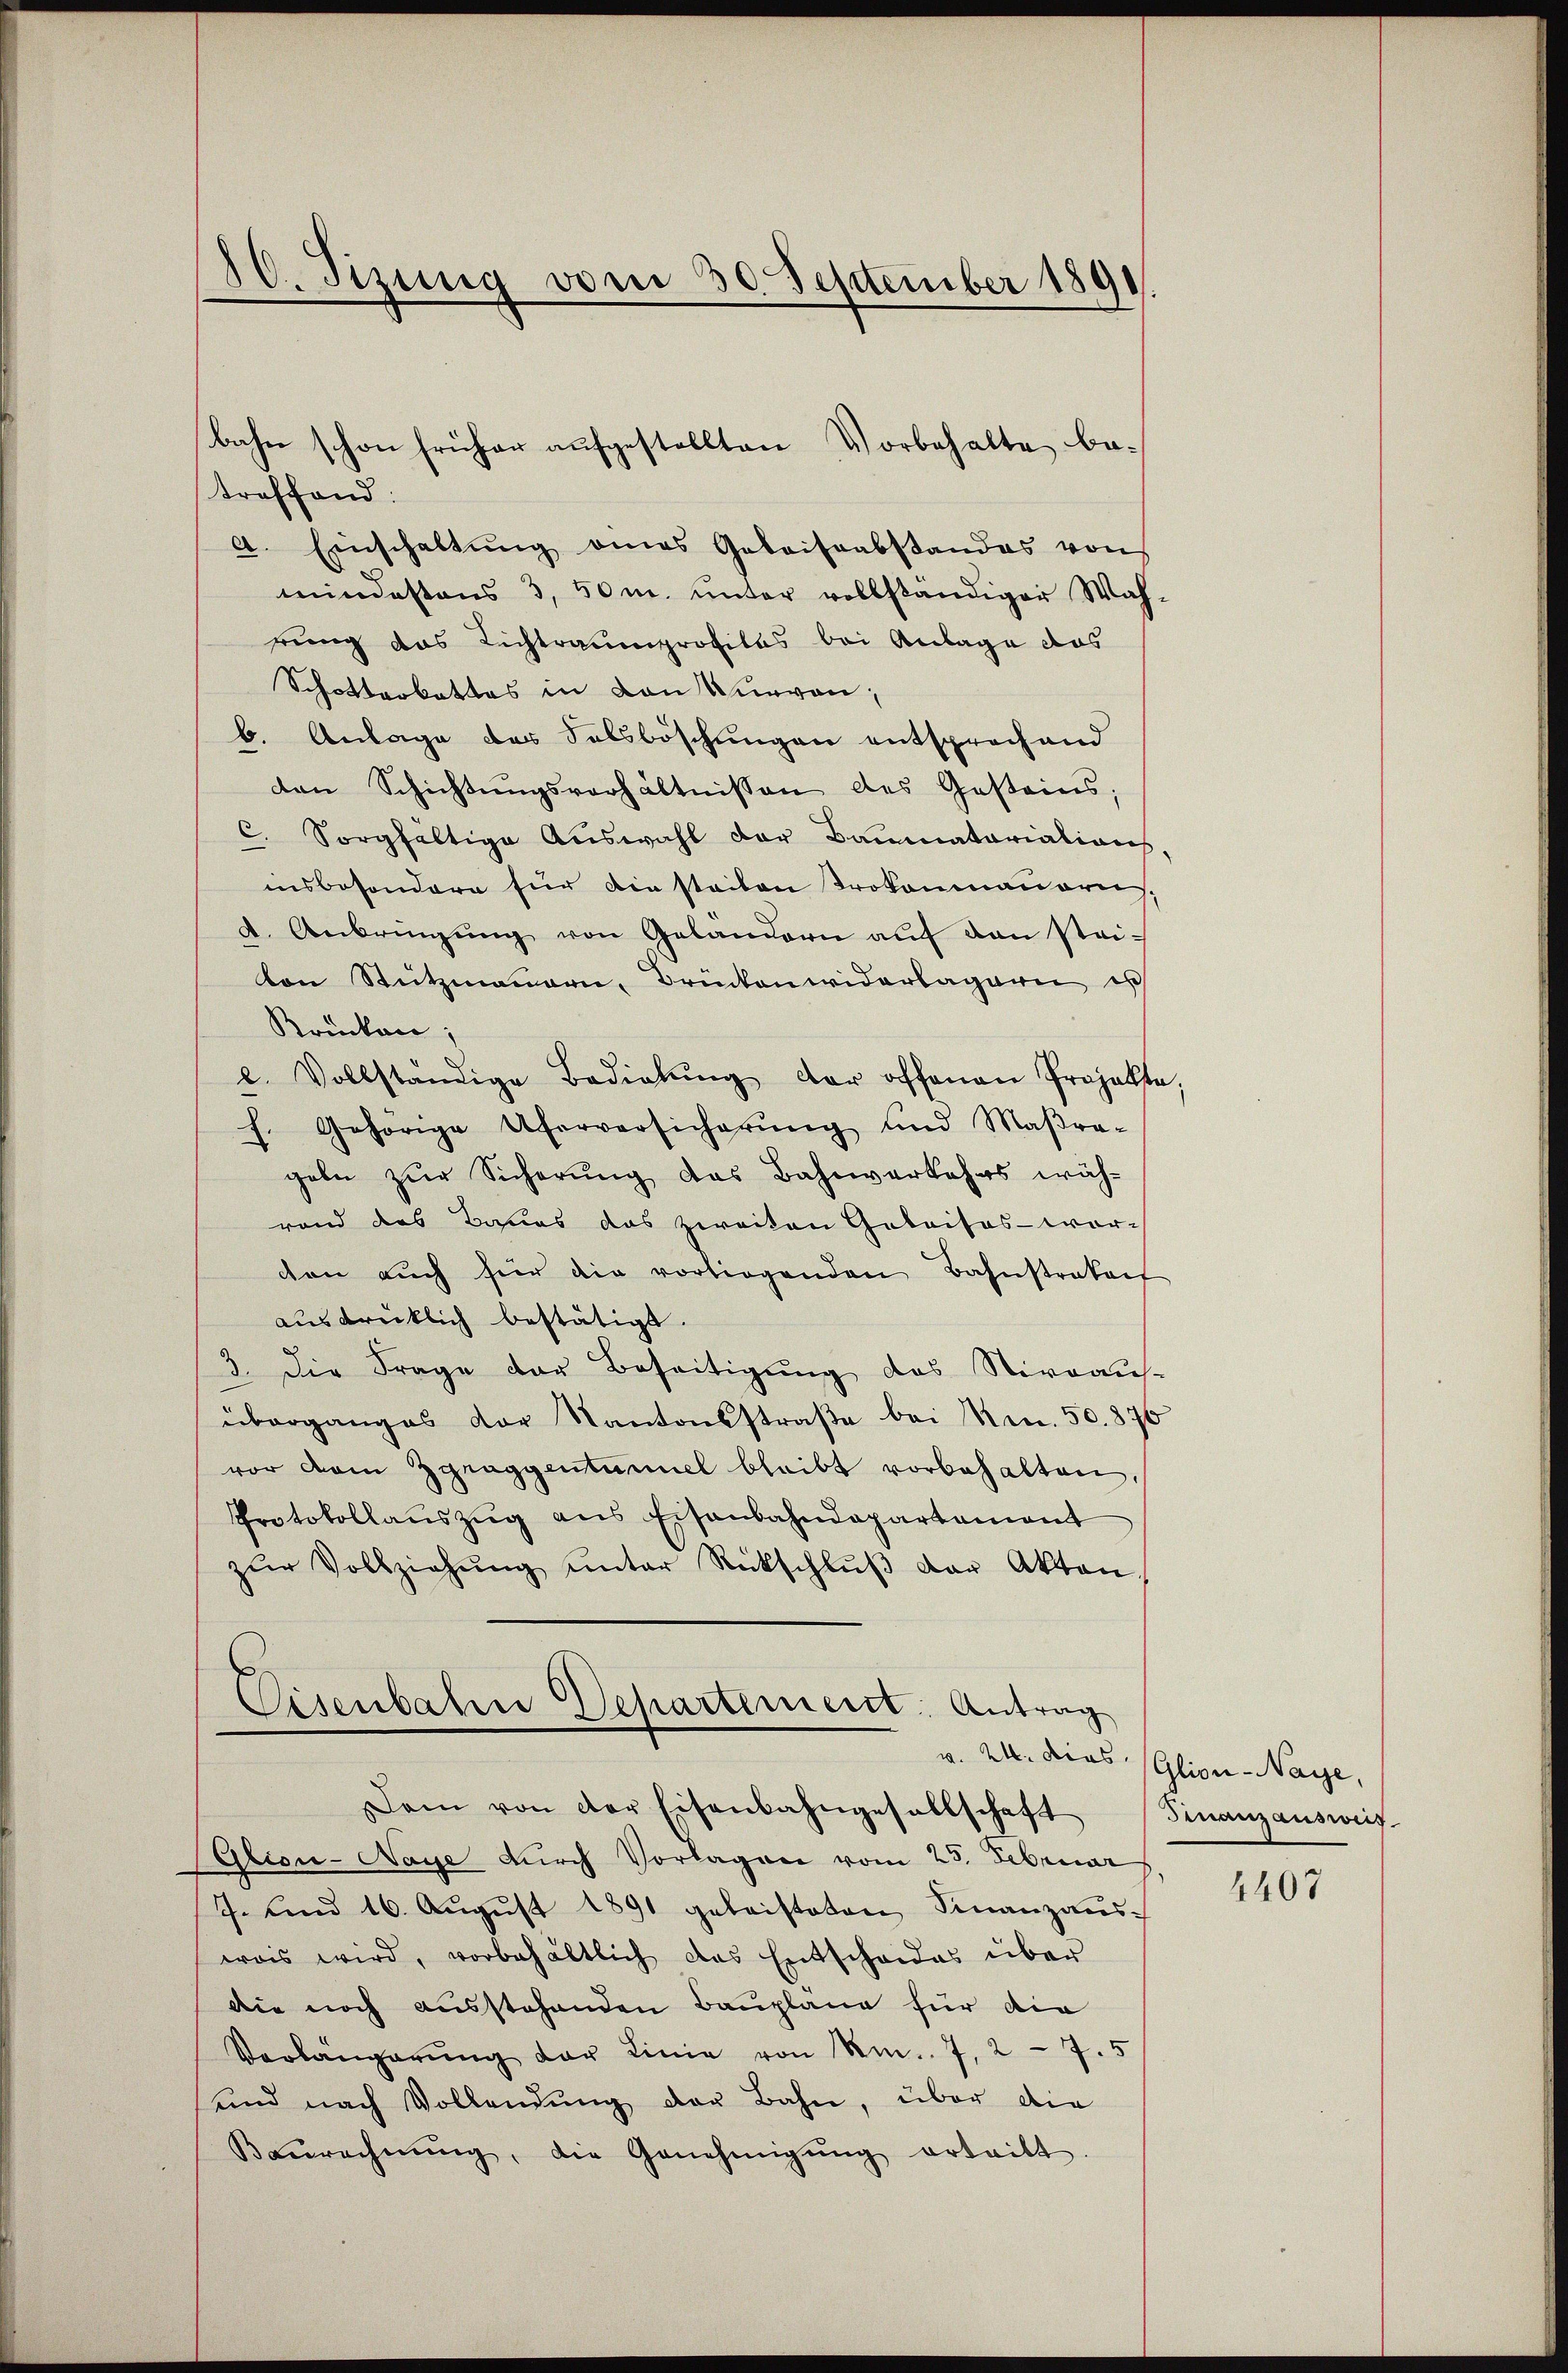
10. Sizung vom 30. September 1891

treffend:
a. Einschaltŭng eines Gebaissabstandes von
mindestens 3, 50m. unter vollständiger Wahrung das Lichtraumprofiles bei Anlage das
Schotterbattes in den Kurven;
b. Anlage der Salsböschungen entsprechend
den Schichtungsverhältnissen des Gesteins;
c. Sorgfaltige Auswahl der Baumatariation
insbesondere für die steilen Trokonmauereich,
a. Anbringŭng von Geländern aŭf den stei-
von Stützmannern, Brückenwiderlagern es
Krücken,
l. Vollständige Bediehŭng der offenen Projekte,
f. Gehörige Uferversicherŭng und Maβra-
gebe zur Sicherung das Bahnverkehrs wäh-
rand das Baues das zweiten Gebaisos - worchen auch für die vorliegenden Bahnstrakauf
aŭsdrücklich bestätigt.
3. Die Frage der Beseitigung des Niveaus-
überganges der Kantonsstraße bei Nr. 50. 876
vor dem Zgraggentumiel bleibt vorbehalten,
Protokollaŭszŭg ans Eisenbahndepartement
zŭr Vollziehŭng ŭnter Rückschlŭβ der Akten.
Cisenbahne Departement: Antrag
v. 24. dies (Glion-Naye,
Dam von der Eisenbahngesellschaft Finanzausweis
Glisie-Naye durch Vorlagen vom 25. Februar
J. und 16. Aŭgŭst 1891 geleisteten Finanzaŭs-
was wird, vorbehältlich das Entscheides über
Die noch ausstehenden Bauplane für die
Verlängerŭng der Linie von Nr. 7, 27. 5
und nach Vollendŭng der Bahn, über die
Baŭrechnŭng, die Genehmigŭng erteilt.

bahn schon früher aufgestellten Vorbehalte be¬

4407